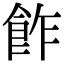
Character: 飵